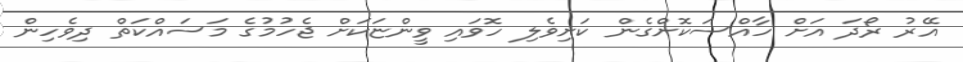
އޭރު ރޯދަ އަށް ހާއްސަކޮށްގެން ކަށިވެލި ހޮވައި ވީންޏަކަށް ޖެހުމުގެ މަސައްކަތް ދިވެހިން